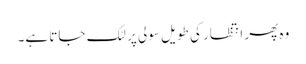
وہ پھر انتظار کی طویل سولی پر لٹک جاتا ہے۔